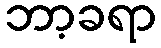
ဘာ့ခရာ